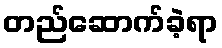
တည်ဆောက်ခဲ့ရာ